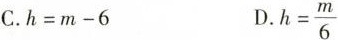
C.$$h=m-6$$ D. $$h= \frac{m}{6}$$